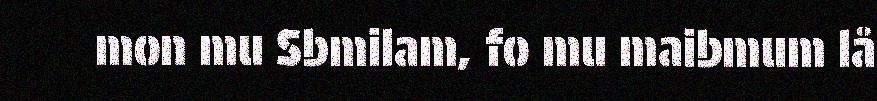
mon mu Sbmilam, fo mu maibmum lå